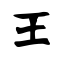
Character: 王